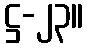
ဋ္ဌ-၂၃။